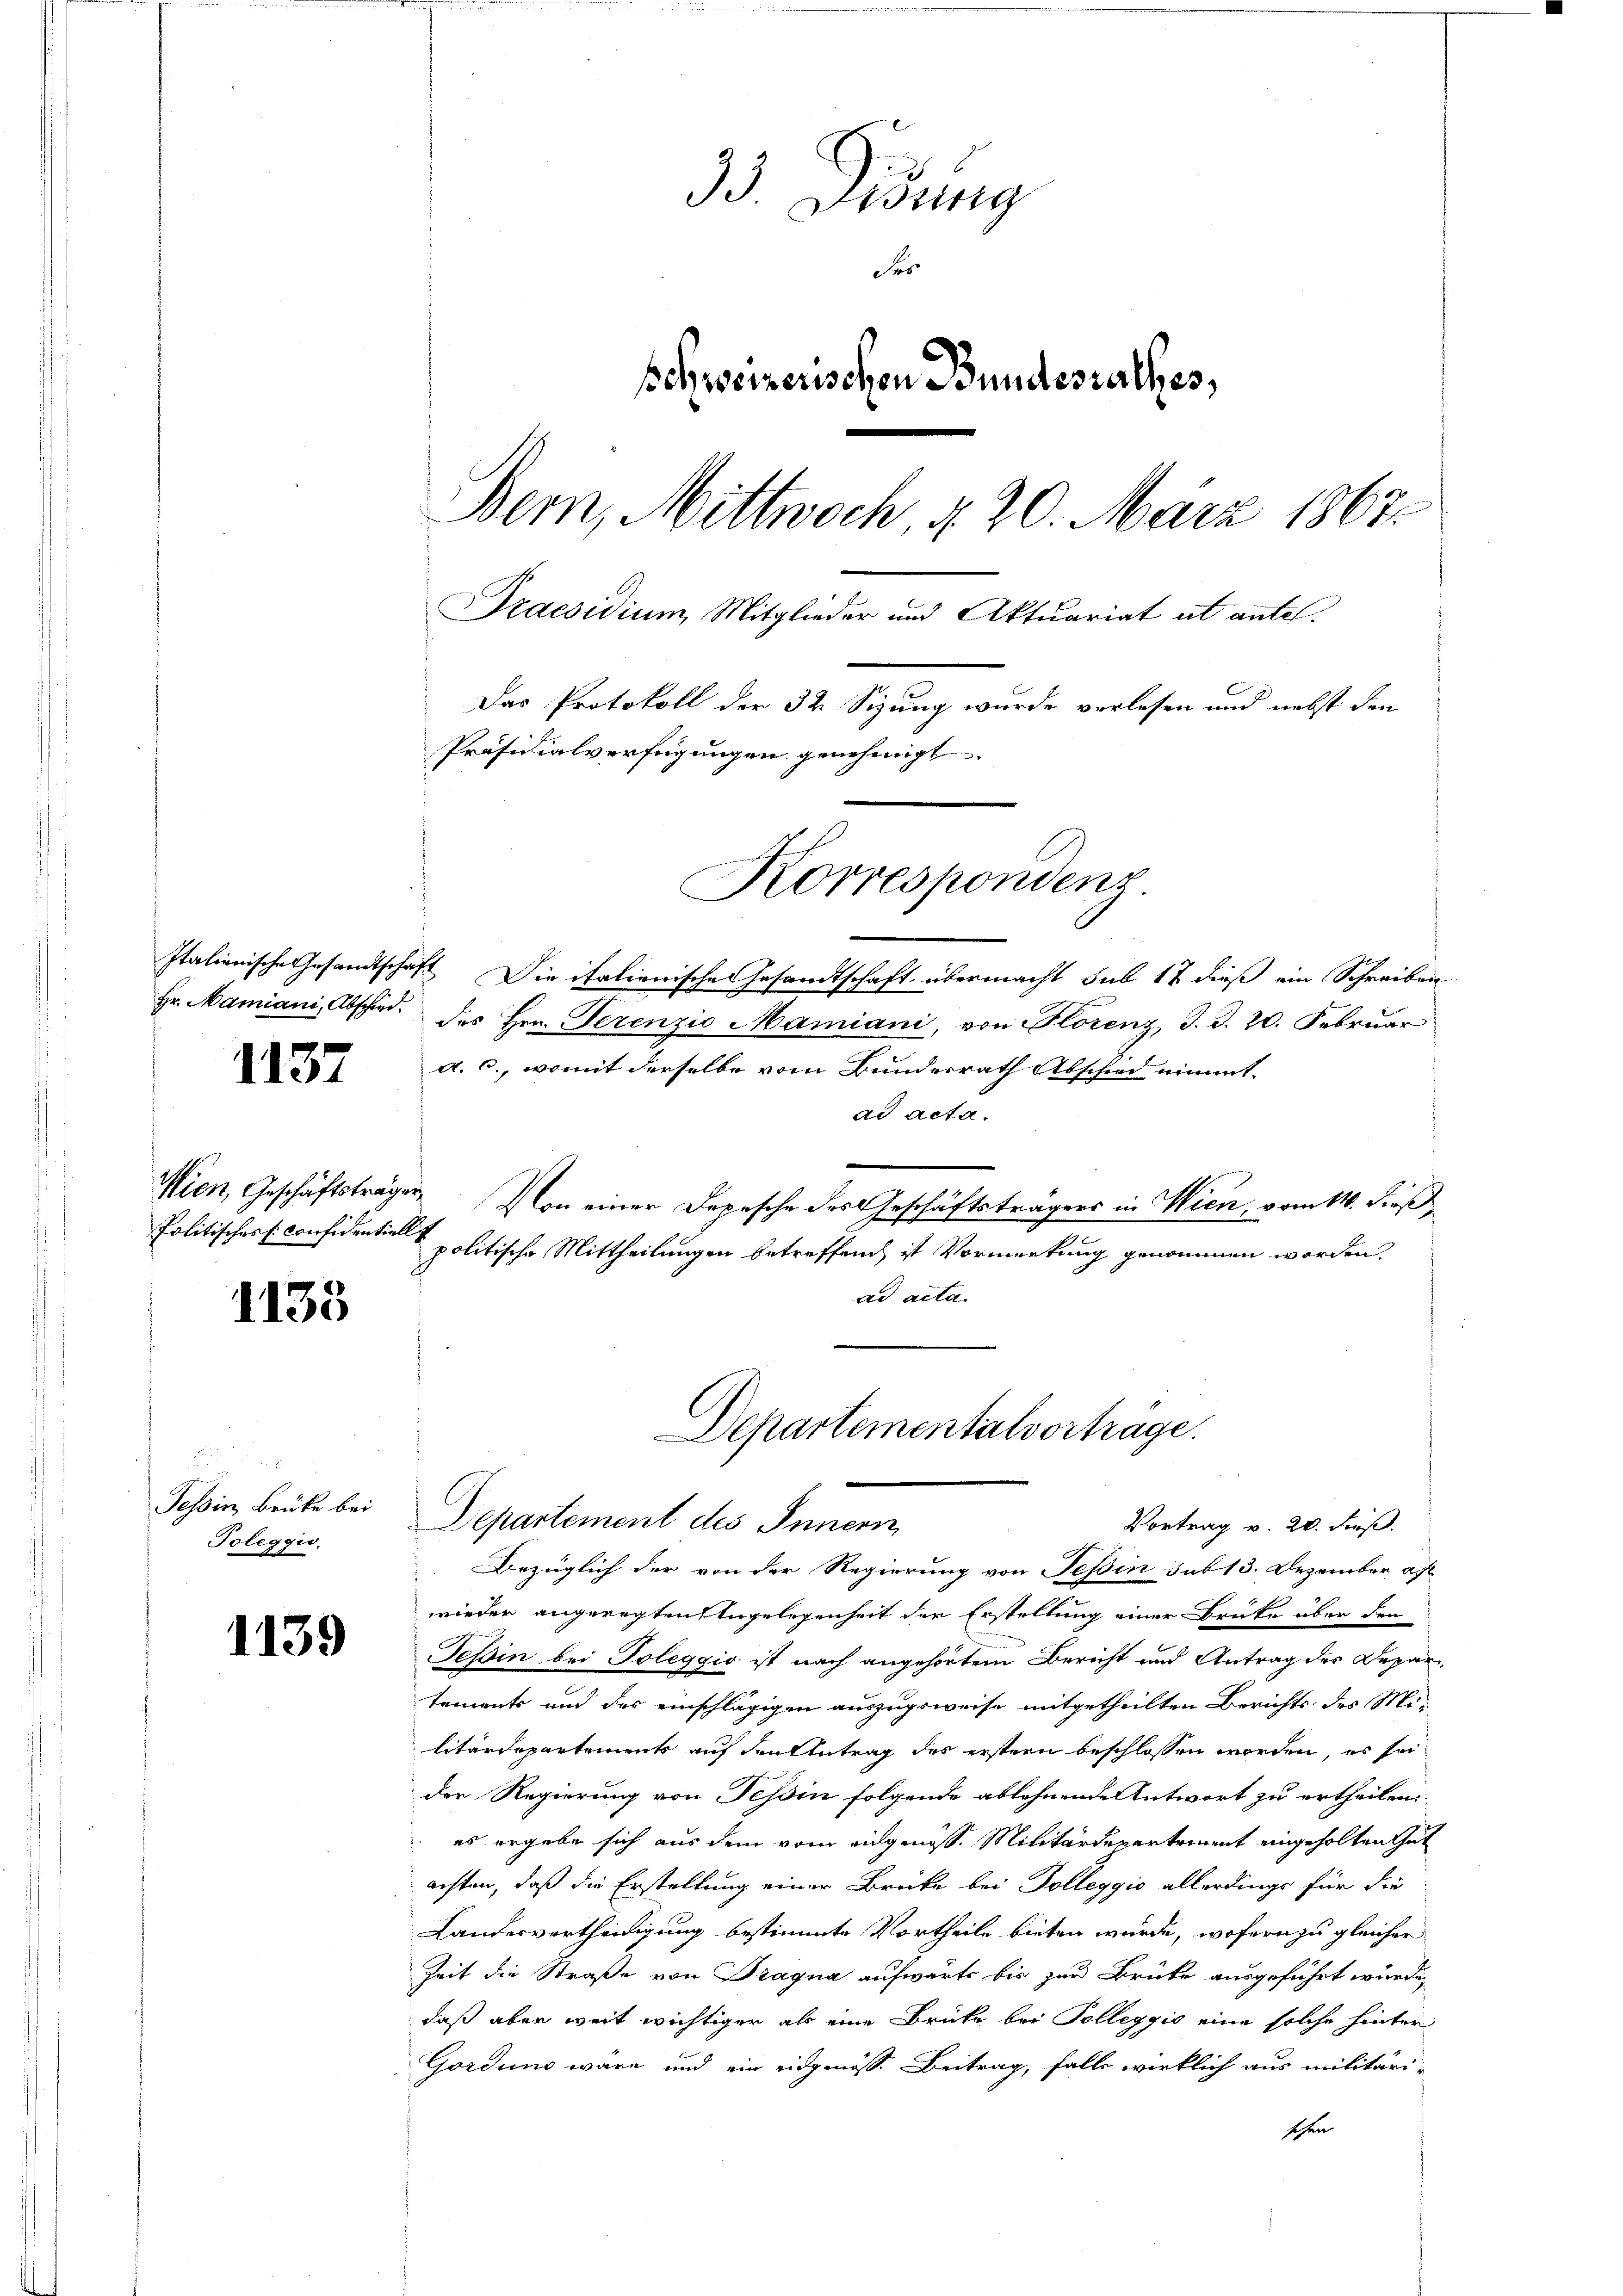
1137

1135

Tessin, Brücke bei
Toleggio.

1139

33. Lesung
des
schweizerischen Bundesrathes,
Bern, Mittwoch, § 20. März 1867.
Praesidium, Mitglieder und Aktuariat ut antel.
Das Protokoll der 32 Sizung wurde verlesen und nebst den
Präsidialverfügungen genehmigt.

Italienische Gesandtschaft. Die italienische Gesandtschaft übermacht sub 17 dieß ein Schreiben
Hr. Mamiani, Abschied des Hrn. Perenzio Mariani, von Florenz, J. J. 20. Februar
a. c., womit derselbe vom Bundesrath Abschied nimmt.
ad acta.
Wien, Geschäftsträger. Von einer Depesche des Geschäftsträgers in Wien, vom 14. dieß
Politisches si considentie politische Mittheilungen betreffend ist Vormerkung genommen worden,
ad acta.
wieder angeregten Angelegenheit der Erstellung einer Brüke über den
Tessin bei Toleggio ist nach angehörtem Bericht und Antrag des Departements und des einschlägigen auszugsweise mitgetheilten Berichts des Militärdepartements auf den Antrag des erstern beschlossen worden, es sei
der Regierung von Tessin folgende ablehnende Antwort zu ertheilen:
es ergebe sich aus dem vom eingenoss. Militärdepartement eingeholten Gut
achten, daß die Erstellung einer Brücke bei Dolleggio allerdings für die
Landesvertheidigung bestimmte Vortheile bieten würde, wofern zu gleicher
Zeit die Straße von Dragna aufwärts bis zur Brücke ausgeführt würde,
daß aber weit wichtiger als eine Brücke bei Tolleggio eine solche hinter
Gordung wäre und ein eidgenöss. Beitrag, falls wirklich aus militärisehen

Korrespondenz.

Departementalvortrage.
Departement des Innern
Vortrag v. 20. Fuß.
Bezüglich der von der Regierung von Tessin sub 13. Dezember a